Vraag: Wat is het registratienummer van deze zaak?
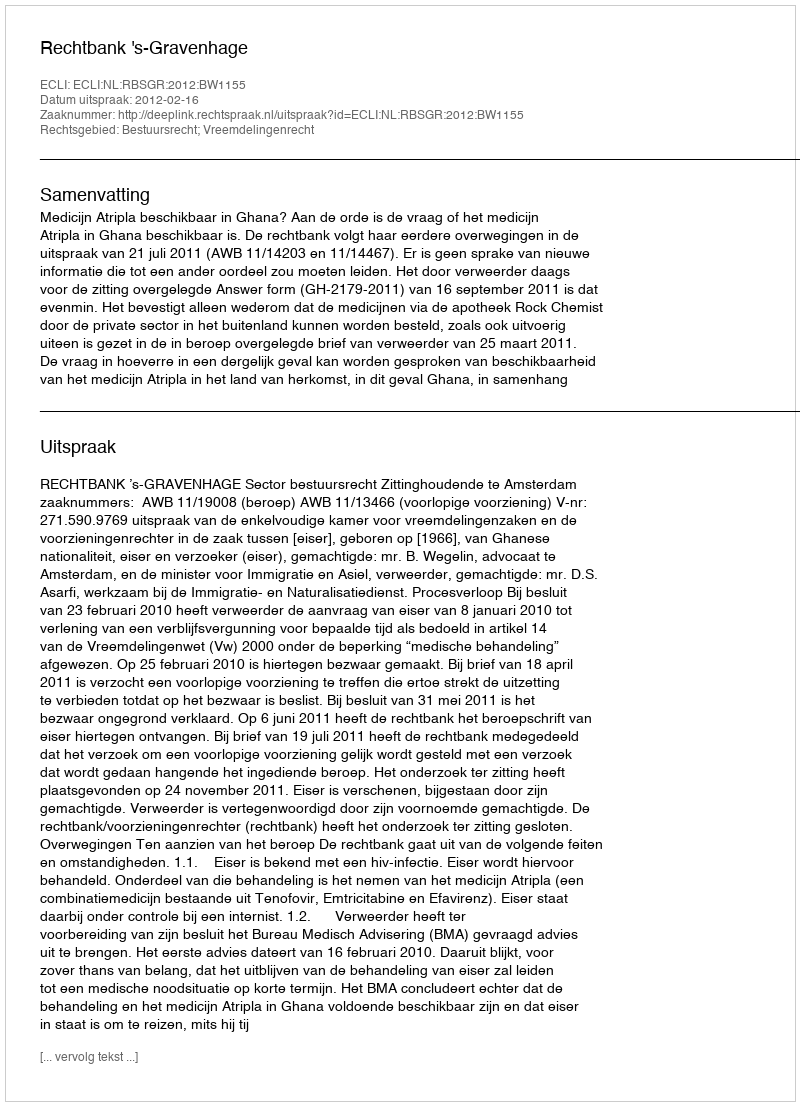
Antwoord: http://deeplink.rechtspraak.nl/uitspraak?id=ECLI:NL:RBSGR:2012:BW1155